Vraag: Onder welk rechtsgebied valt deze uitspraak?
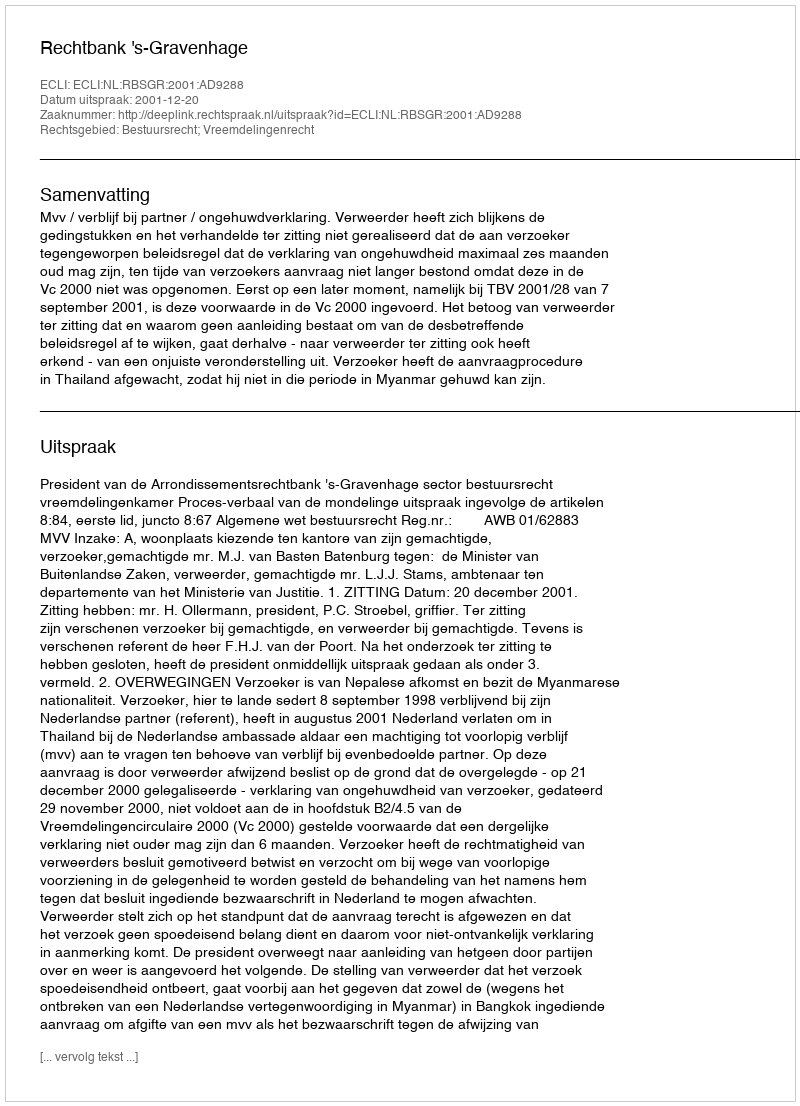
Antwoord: Bestuursrecht; Vreemdelingenrecht